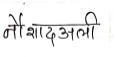
मजकूर: नौशादअली